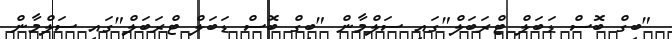
"ބިގް ބޮސް ޑަބަލް ޓްރަބަލް"ގައި ސަލްމާން "ބިގް ބޮސް ޑަބަލް ޓްރަބަލް"ގައި ސަލްމާން